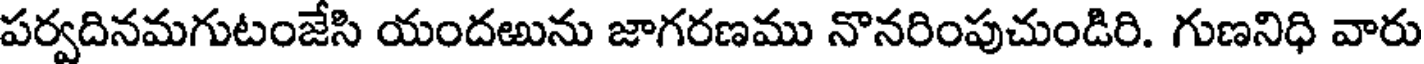
పర్వదినమగుటంజేసి యందఱును జాగరణము నొనరింపుచుండిరి. గుణనిధి వారు